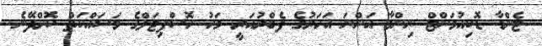
ޓެންޑާ ޑޮކިއުމަންޓް ނިންމާ އަންނަ އަހަރުގެ ފެބްރުއަރީ މަހު ހޮސްޕިޓަލްގެ މަސައްކަތް ކޮށްދޭނެ